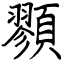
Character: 顟